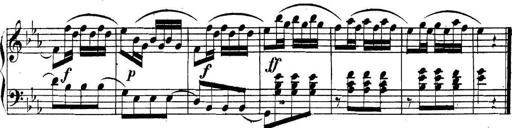
Title: Collected Piano Sonatas
Composer: Muzio Clementi